Proceedings of the meeting of veterinary officers in India
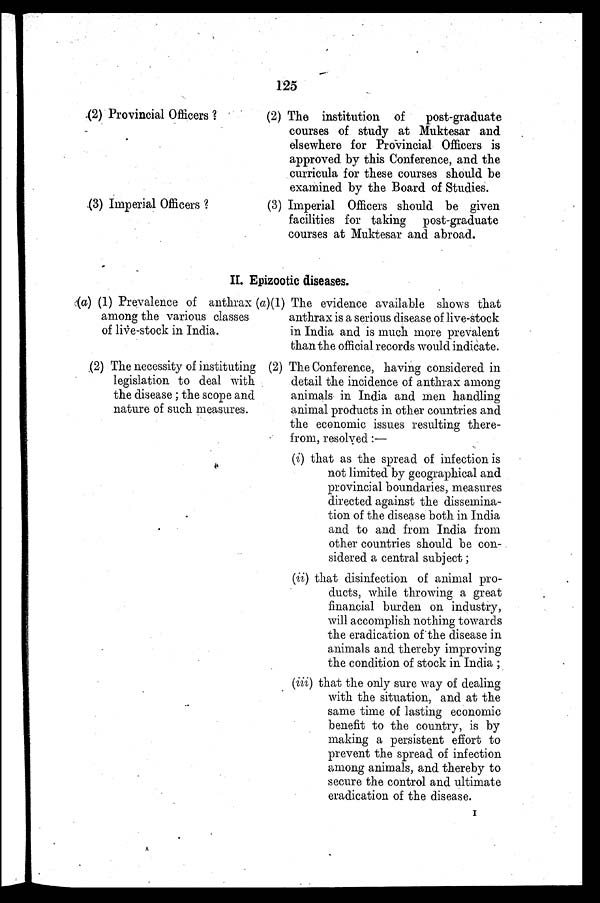
125
(2) Provincial Officers ?
(3) Imperial Officers ?
(2) The institution of
post-graduate
courses of study at Muktesar and
elsewhere for Provincial Officers is
approved by this Conference, and the
curricula for these courses should be
examined by the Board of Studies.
(3) Imperial Officers should be given
facilities for taking post-graduate
courses at Muktesar and abroad.
II. Epizootic diseases.
(a) (1) Prevalence of anthrax
among the various classes
of live-stock in India.
(2) The necessity of instituting
legislation to deal with
the disease ; the scope and
nature of such measures.
(a)(1) The evidence available shows that
anthrax is a serious disease of live-stock
in India and is much more prevalent
than the official records would indicate.
(2) The Conference, having considered in
detail the incidence of anthrax among
animals in India and men handling
animal products in other countries and
the economic issues resulting there-
from, resolved :—
(i) that as the spread of infection is
not limited by geographical and
provincial boundaries, measures
directed against the dissemina-
tion of the disease both in India
and to and from India from
other countries should be con-
sidered a central subject;
(ii) that disinfection of animal pro-
ducts, while throwing a great
financial burden on industry,
will accomplish nothing towards
the eradication of the disease in
animals and thereby improving
the condition of stock in India ;
(iii) that the only sure way of dealing
with the situation, and at the
same time of lasting economic
benefit to the country, is by
making a persistent effort to
prevent the spread of infection
among animals, and thereby to
secure the control and ultimate
eradication of the disease.